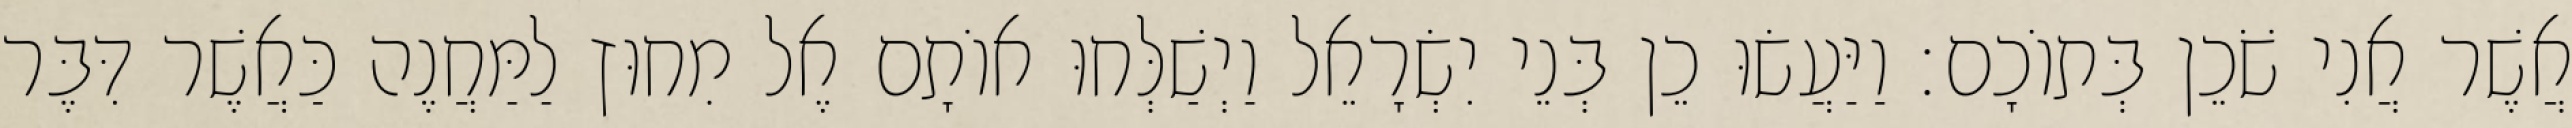
אֲשֶׁר אֲנִי שֹׁכֵן בְּתוֹכָם׃ וַיַּעֲשׂוּ כֵן בְּנֵי יִשְׂרָאֵל וַיְשַׁלְּחוּ אוֹתָם אֶל מִחוּץ לַמַּחֲנֶה כַּאֲשֶׁר דִּבֶּר